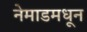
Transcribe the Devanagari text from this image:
नेमाडमधून